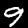
Digit: 9